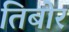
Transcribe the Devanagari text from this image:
तिबोर